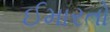
ઈમારતો